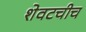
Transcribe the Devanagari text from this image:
शेवटचीच